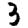
Digit: 3